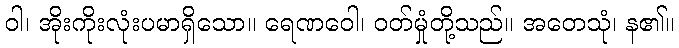
ဝါ၊ အိုးကိုးလုံးပမာရှိသော။ ရေဏဝေါ၊ ဝတ်မှုံတို့သည်။ အတေသုံ၊ န၏။